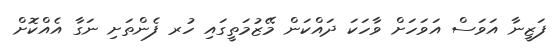
ފަޒީނާ އަވަސް އަވަހަށް ވާހަކަ ދައްކަން މޭޒުމަތީގައި ހުރ ފެންތަށި ނަގާ އެއްކޮށް